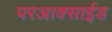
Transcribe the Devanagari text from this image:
परआक्साईड